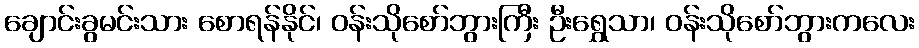
ချောင်းခွမင်းသား စောရန်နိုင်၊ ဝန်းသိုစော်ဘွားကြီး ဦးရွှေသာ၊ ဝန်းသိုစော်ဘွားကလေး